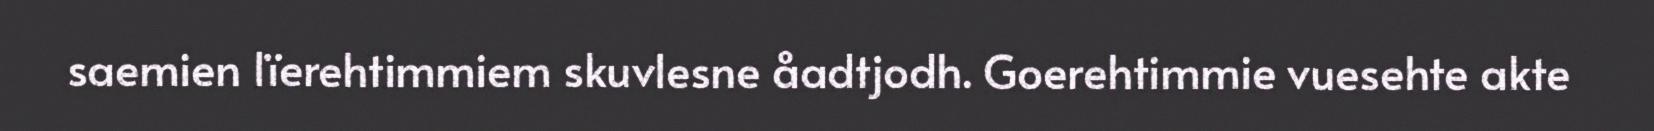
saemien lïerehtimmiem skuvlesne åadtjodh. Goerehtimmie vuesehte akte